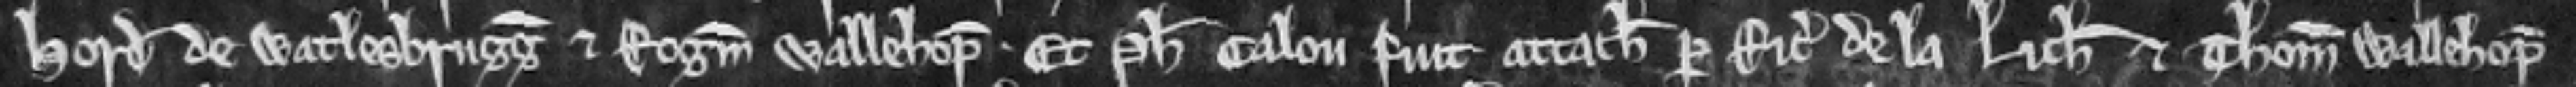
Hord de Watlesbrugg et Rogerum Wallehop. Et Philippus Calou fuit attachiatus per Ricardum de la Lith et Thomam Wallehop